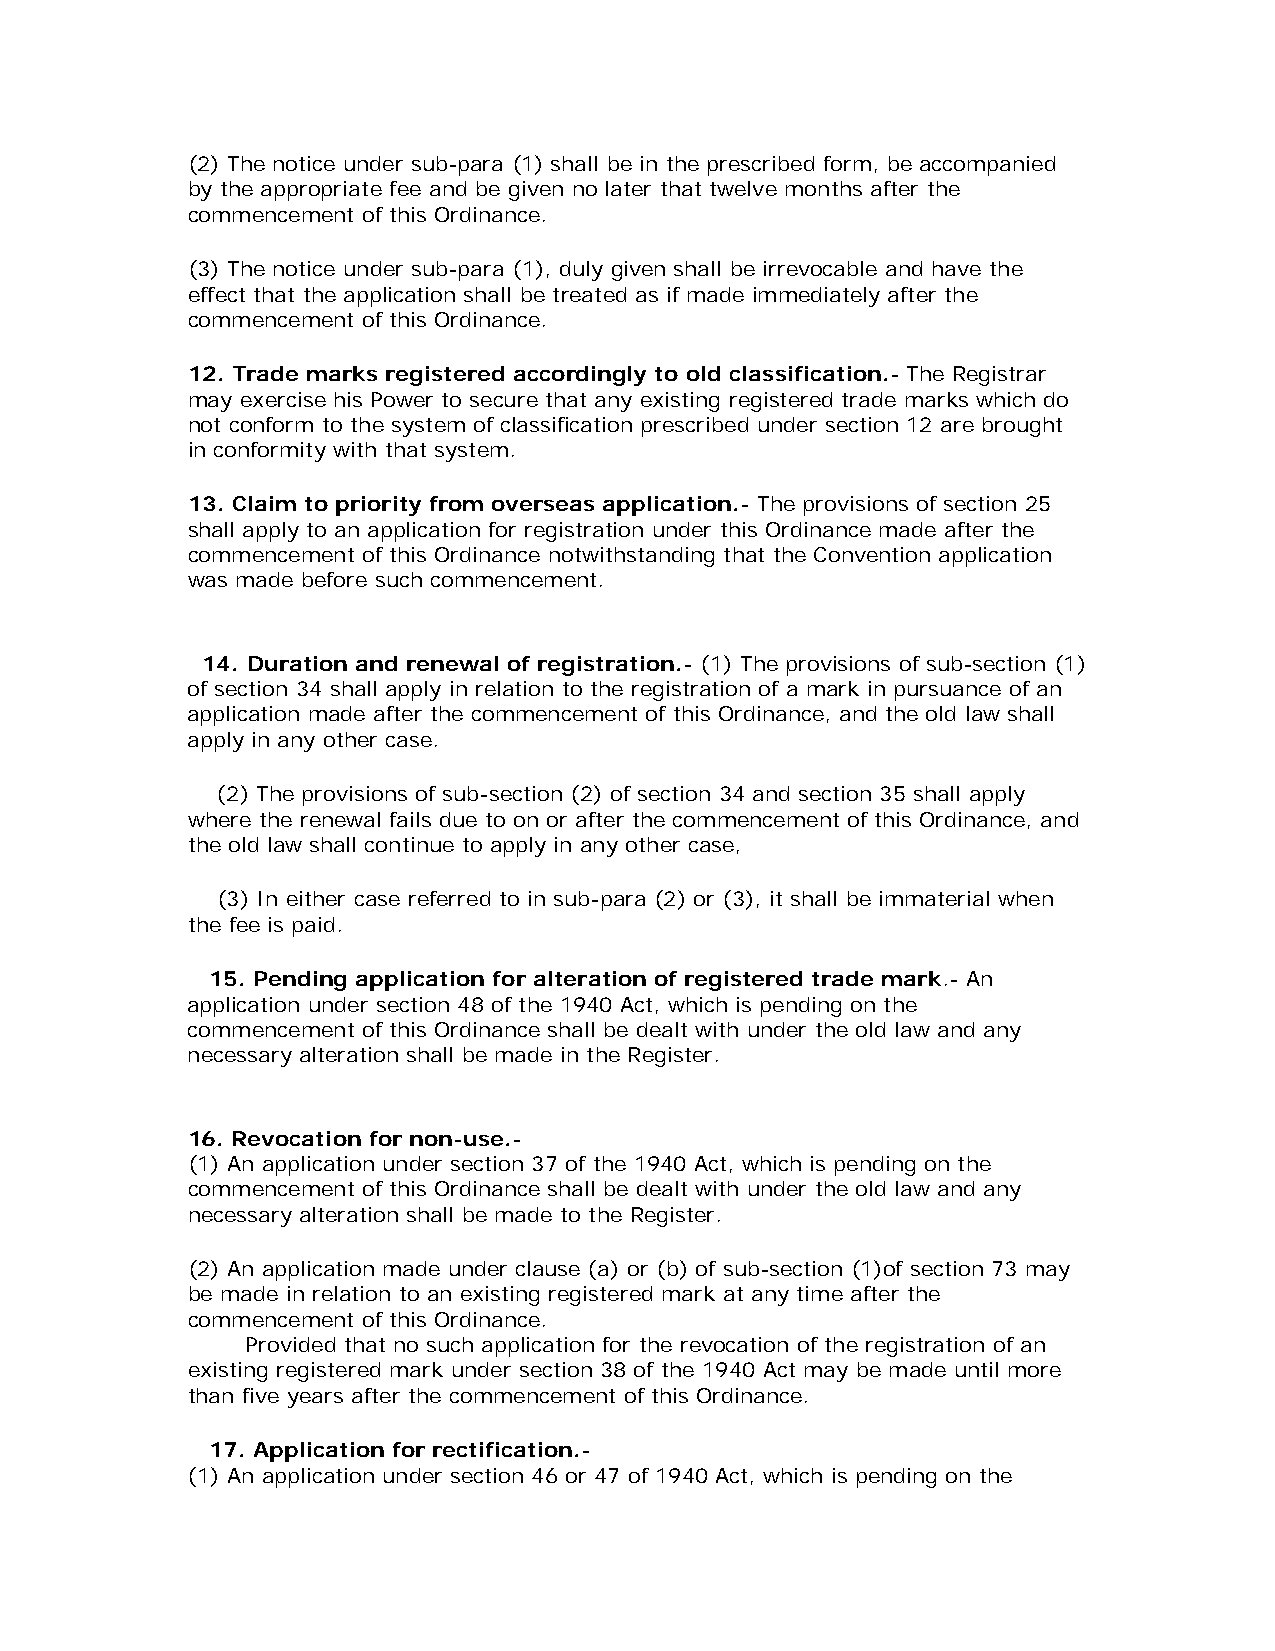
(2) The notice under sub-para (1) shall be in the prescribed form, be accompanied
 by the appropriate fee and be given no later that twelve months after the
 commencement of this Ordinance.
 (3) The notice under sub-para (1), duly given shall be irrevocable and have the
 effect that the application shall be treated as if made immediately after the
 commencement of this Ordinance.
 12. Trade marks registered accordingly to old classification.- The Registrar
 may exercise his Power to secure that any existing registered trade marks which do
 not conform to the system of classification prescribed under section 12 are brought
 in conformity with that system.
 13. Claim to priority from overseas application.- The provisions of section 25
 shall apply to an application for registration under this Ordinance made after the
 commencement of this Ordinance notwithstanding that the Convention application
 was made before such commencement.
 14. Duration and renewal of registration.- (1) The provisions of sub-section (1)
 of section 34 shall apply in relation to the registration of a mark in pursuance of an
 application made after the commencement of this Ordinance, and the old law shall
 apply in any other case.
 (2) The provisions of sub-section (2) of section 34 and section 35 shall apply
 where the renewal fails due to on or after the commencement of this Ordinance, and
 the old law shall continue to apply in any other case,
 (3) In either case referred to in sub-para (2) or (3), it shall be immaterial when
 the fee is paid.
 15. Pending application for alteration of registered trade mark.- An
 application under section 48 of the 1940 Act, which is pending on the
 commencement of this Ordinance shall be dealt with under the old law and any
 necessary alteration shall be made in the Register.
 16. Revocation for non-use.-
 (1) An application under section 37 of the 1940 Act, which is pending on the
 commencement of this Ordinance shall be dealt with under the old law and any
 necessary alteration shall be made to the Register.
 (2) An application made under clause (a) or (b) of sub-section (1)of section 73 may
 be made in relation to an existing registered mark at any time after the
 commencement of this Ordinance.
 Provided that no such application for the revocation of the registration of an
 existing registered mark under section 38 of the 1940 Act may be made until more
 than five years after the commencement of this Ordinance.
 17. Application for rectification.-
 (1) An application under section 46 or 47 of 1940 Act, which is pending on the